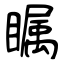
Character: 瞩